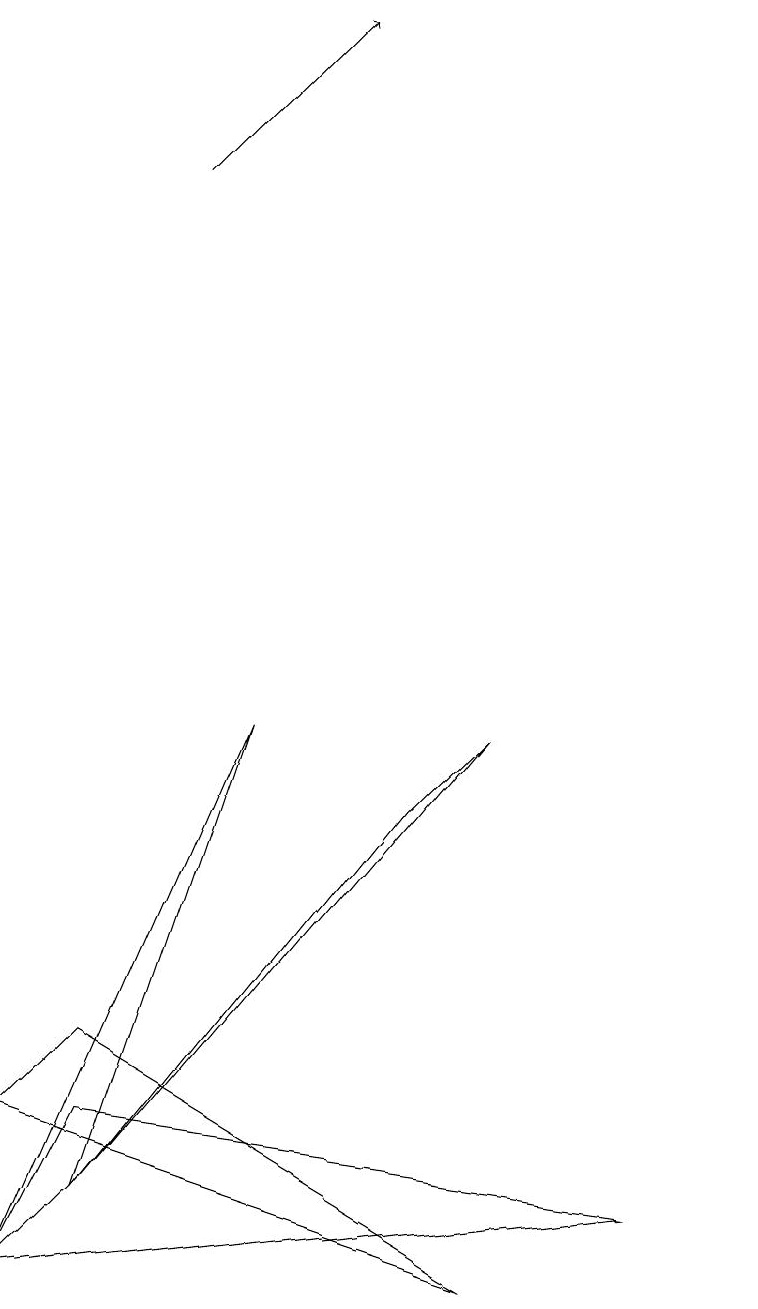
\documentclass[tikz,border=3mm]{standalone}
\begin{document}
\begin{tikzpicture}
\draw (7,7) -- (6,6) -- (2,1) -- cycle;
\draw (2,2) -- (1,0) -- (9,1) -- cycle;
\draw[->] (3,14) -- (5,16);
\draw (1,2) -- (2,3) -- (7,0) -- cycle;
\draw (10,12) circle (0);
\draw (4,7) -- (2,1) -- (1,0) -- cycle;
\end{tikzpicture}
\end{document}